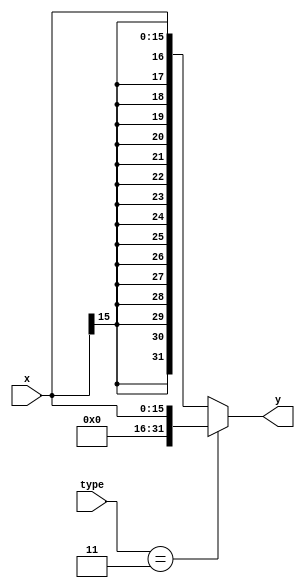
`timescale 1ns / 1ps
//////////////////////////////////////////////////////////////////////////////////
// Company: 
// Engineer: 
// 
// Design Name: 
// Module Name: signext
// Project Name: 
// Target Devices: 
// Tool Versions: 
// Description: 
// 
// Dependencies: 
// 
// Revision:
// Revision 0.01 - File Created
// Additional Comments:
// 
//////////////////////////////////////////////////////////////////////////////////


module signext(
    input wire[15:0] x,
    input wire[1:0] type,
    output wire[31:0] y
    );
    assign y = (type == 2'b11) ? {{16{1'b0}},x}:{{16{x[15]}}, x}; 
endmodule